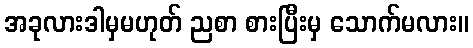
အခုလားဒါမှမဟုတ် ညစာ စားပြီးမှ သောက်မလား။